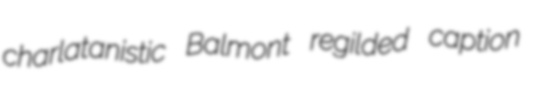
charlatanistic Balmont regilded caption